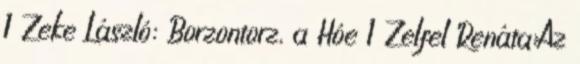
1 Zeke László: Borzontorz, a Hóe 1 Zelfel Renáta:Az